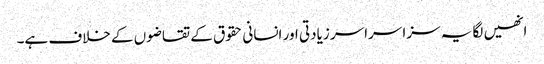
انھیں لگا یہ سزا سراسر زیادتی اور انسانی حقوق کے تقاضوں کے خلاف ہے۔